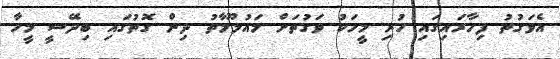
އެވަގުތު ފިހާރައިގައި ހުރި މީހަކު ވަގުތަށް މައުލޫމާތު ދިން ގޮތުގައި ބިދޭސީ މީހާ